342_HS1-416511228_319.1 Flying Discs 1949
Agency: Department of War
Incident date: 1/9/50
Page 58
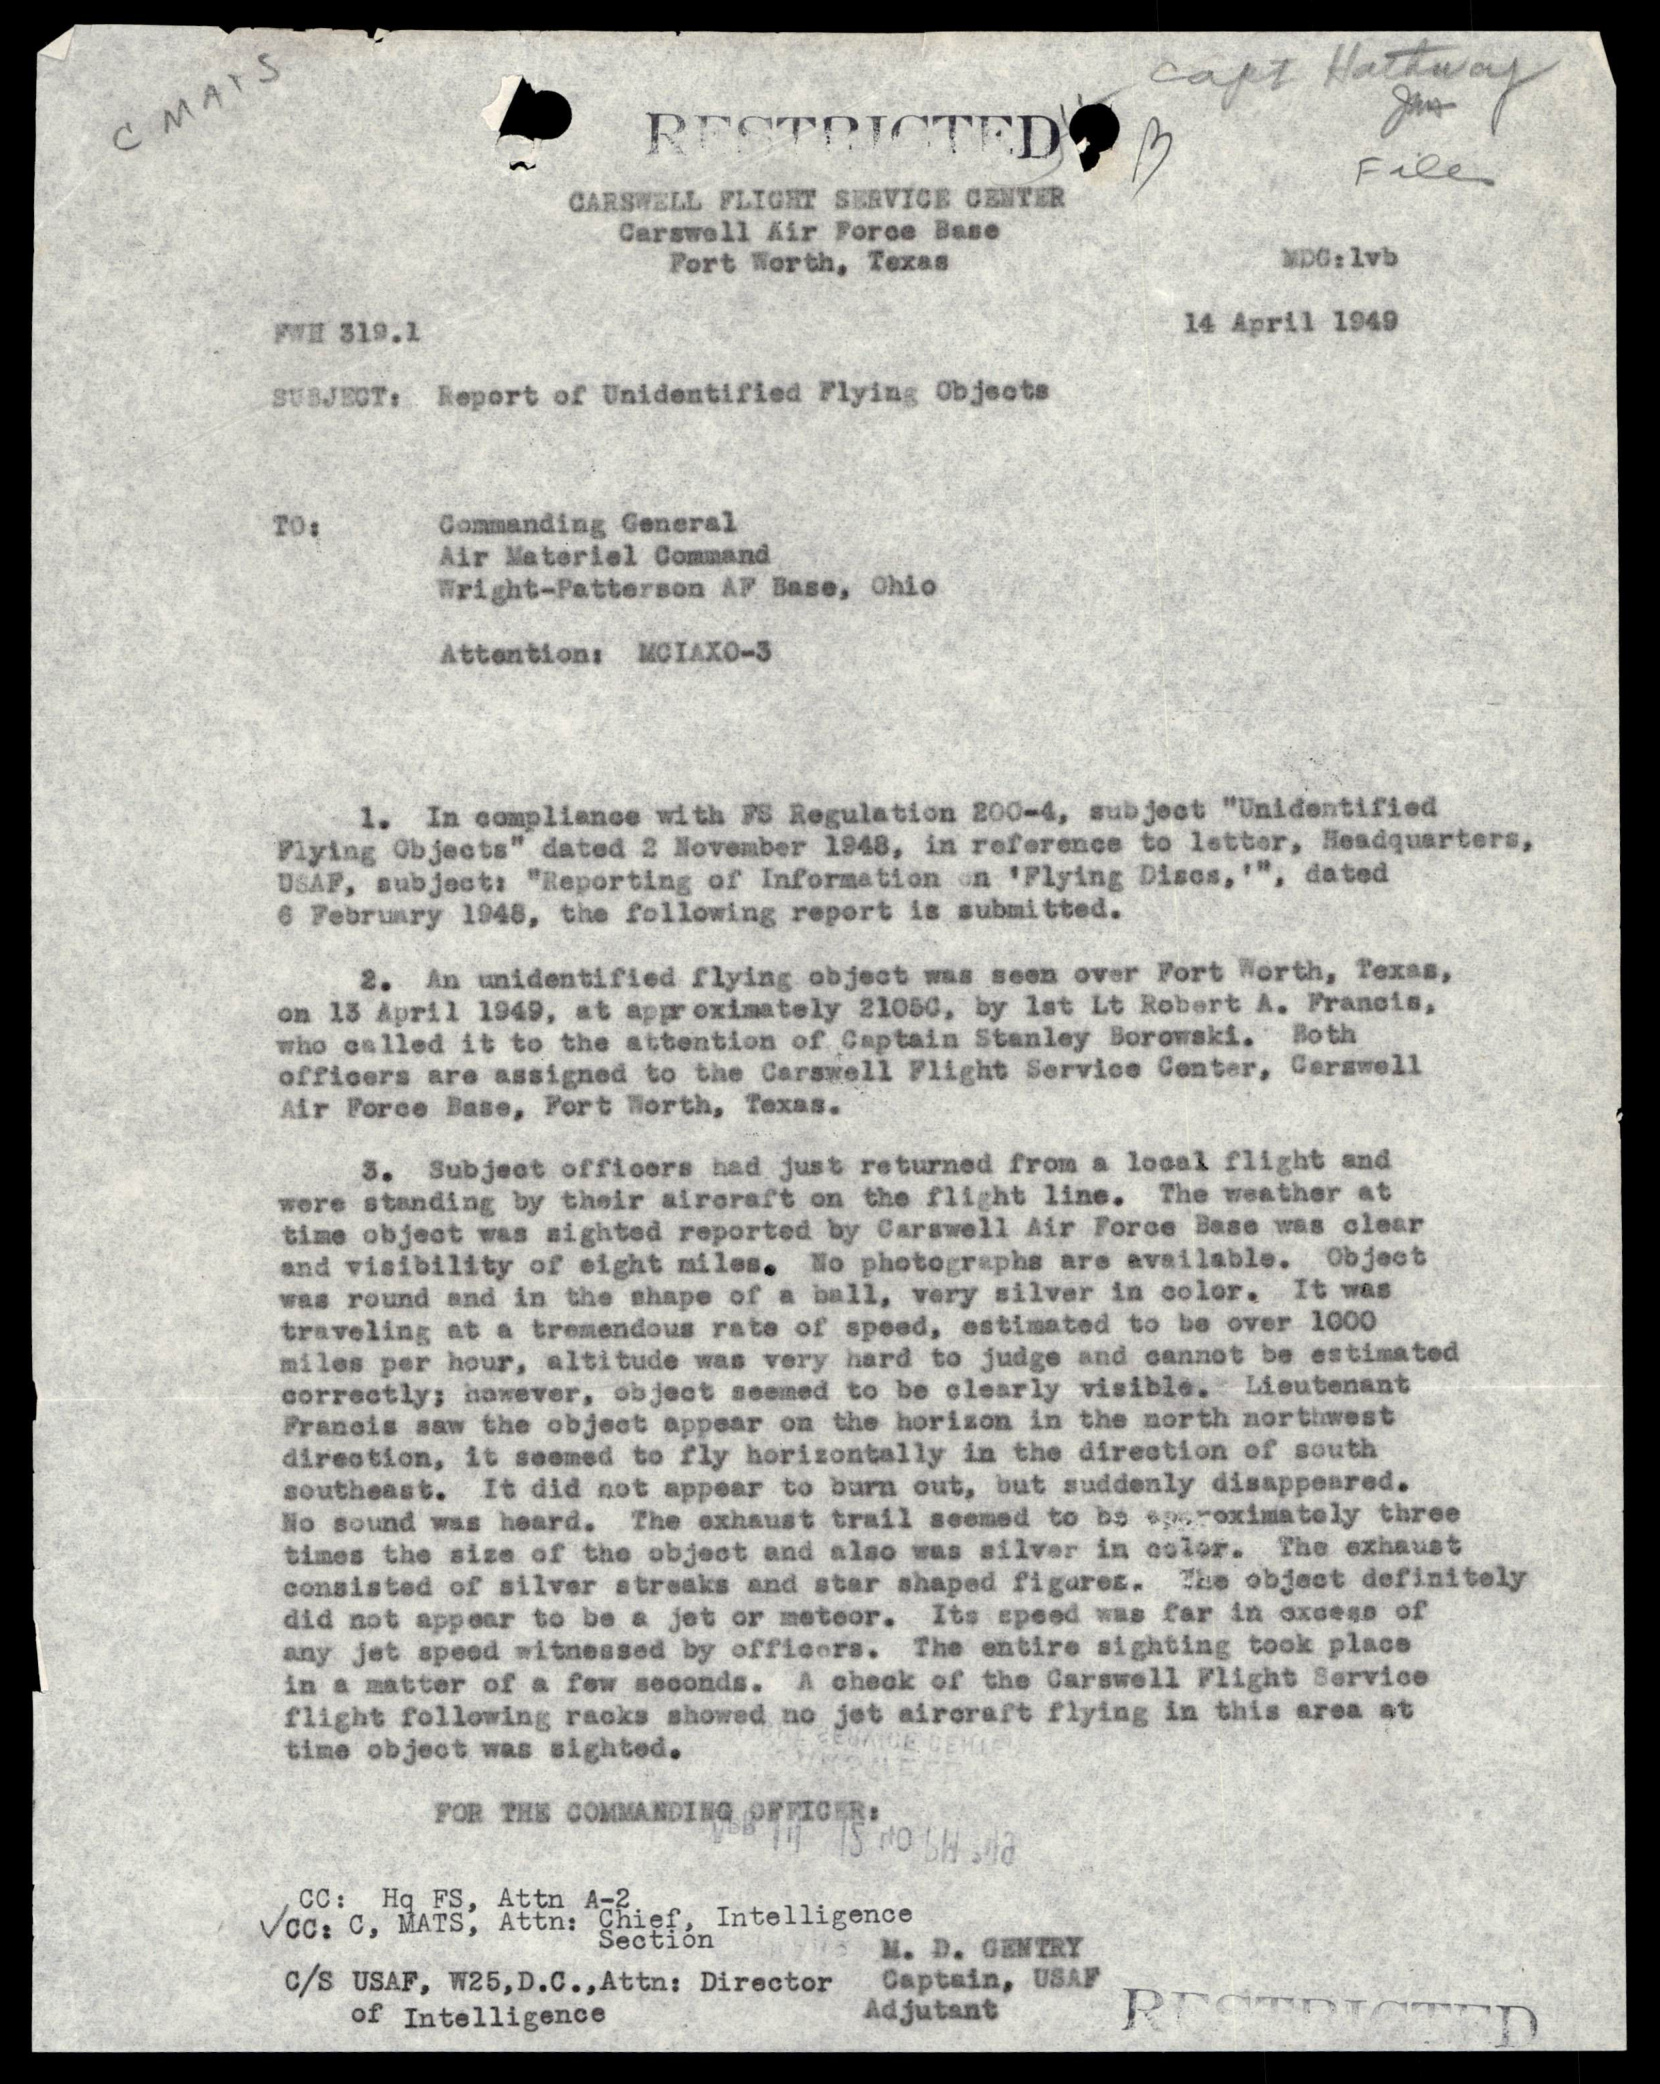